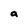
Character: a